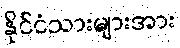
နိုင်ငံသားများအား